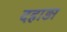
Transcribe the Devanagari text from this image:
दहाड़ा